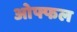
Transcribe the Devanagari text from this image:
ओफ्फल